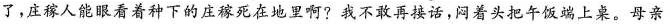
了，庄稼人能眼看着种下的庄死在地里啊?我不敢再接话，闷着头把午饭端上来，母亲